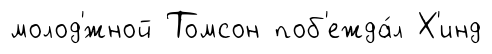
молод'́жной Томсон поб'ежда́л Х'инд